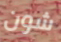
شون